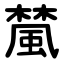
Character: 檒